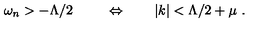
\omega _ { n } > - \Lambda / 2 \ \qquad \Leftrightarrow \qquad | k | < \Lambda / 2 + \mu \ .